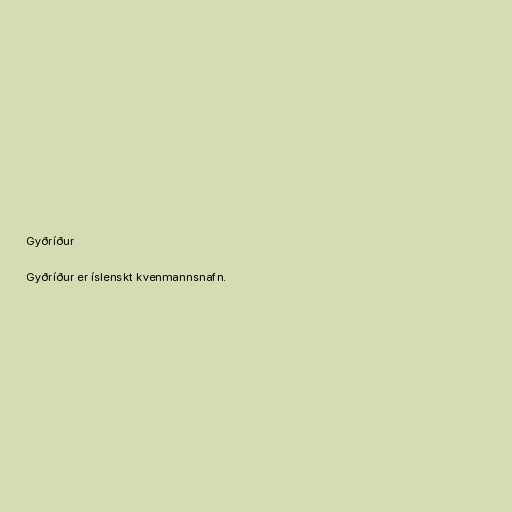
Gyðríður

Gyðríður er íslenskt kvenmannsnafn.